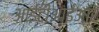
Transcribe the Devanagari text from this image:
आईटीआईआर